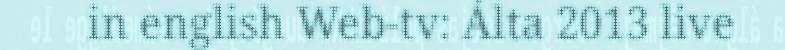
in english Web-tv: Álta 2013 live